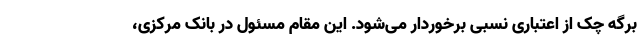
برگه چک از اعتباری نسبی برخوردار می‌شود. این مقام مسئول در بانک مرکزی،